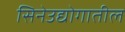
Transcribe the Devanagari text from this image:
सिनेउद्योगातील